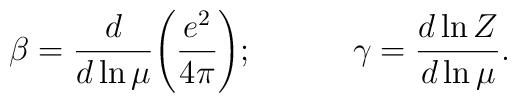
\beta = \frac{d}{d\ln\mu}\Bigg(\frac{e^2}{4\pi}\Bigg);\qquad\quad\gamma = \frac{d\ln Z}{d\ln\mu}.